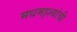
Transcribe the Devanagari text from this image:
मधमा्श्यांची